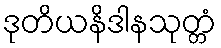
ဒုတိယနိဒါနသုတ္တံ